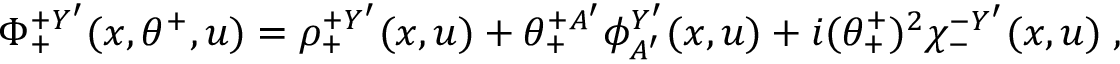
\Phi _ { + } ^ { + Y ^ { \prime } } ( x , \theta ^ { + } , u ) = \rho _ { + } ^ { + Y ^ { \prime } } ( x , u ) + \theta _ { + } ^ { + A ^ { \prime } } \phi _ { A ^ { \prime } } ^ { Y ^ { \prime } } ( x , u ) + i ( \theta _ { + } ^ { + } ) ^ { 2 } \chi _ { - } ^ { - Y ^ { \prime } } ( x , u ) \; ,